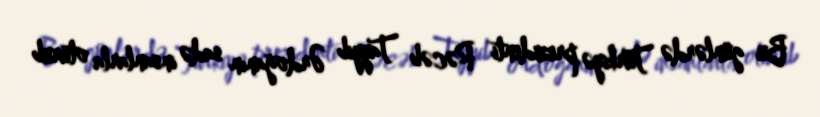
Bu günlərdə Türkiyə prezidenti Rəcəb Tayyib Ərdoğanın sadə insanlarla oturub